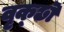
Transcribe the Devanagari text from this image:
वृक्छॊं